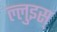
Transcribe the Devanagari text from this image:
ल्लुइस्